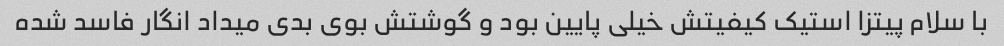
با سلام پیتزا استیک کیفیتش خیلی پایین بود و گوشتش بوی بدی میداد انگار فاسد شده